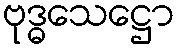
ဗုဒ္ဓသေဋ္ဌော